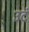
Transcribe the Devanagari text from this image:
उदं